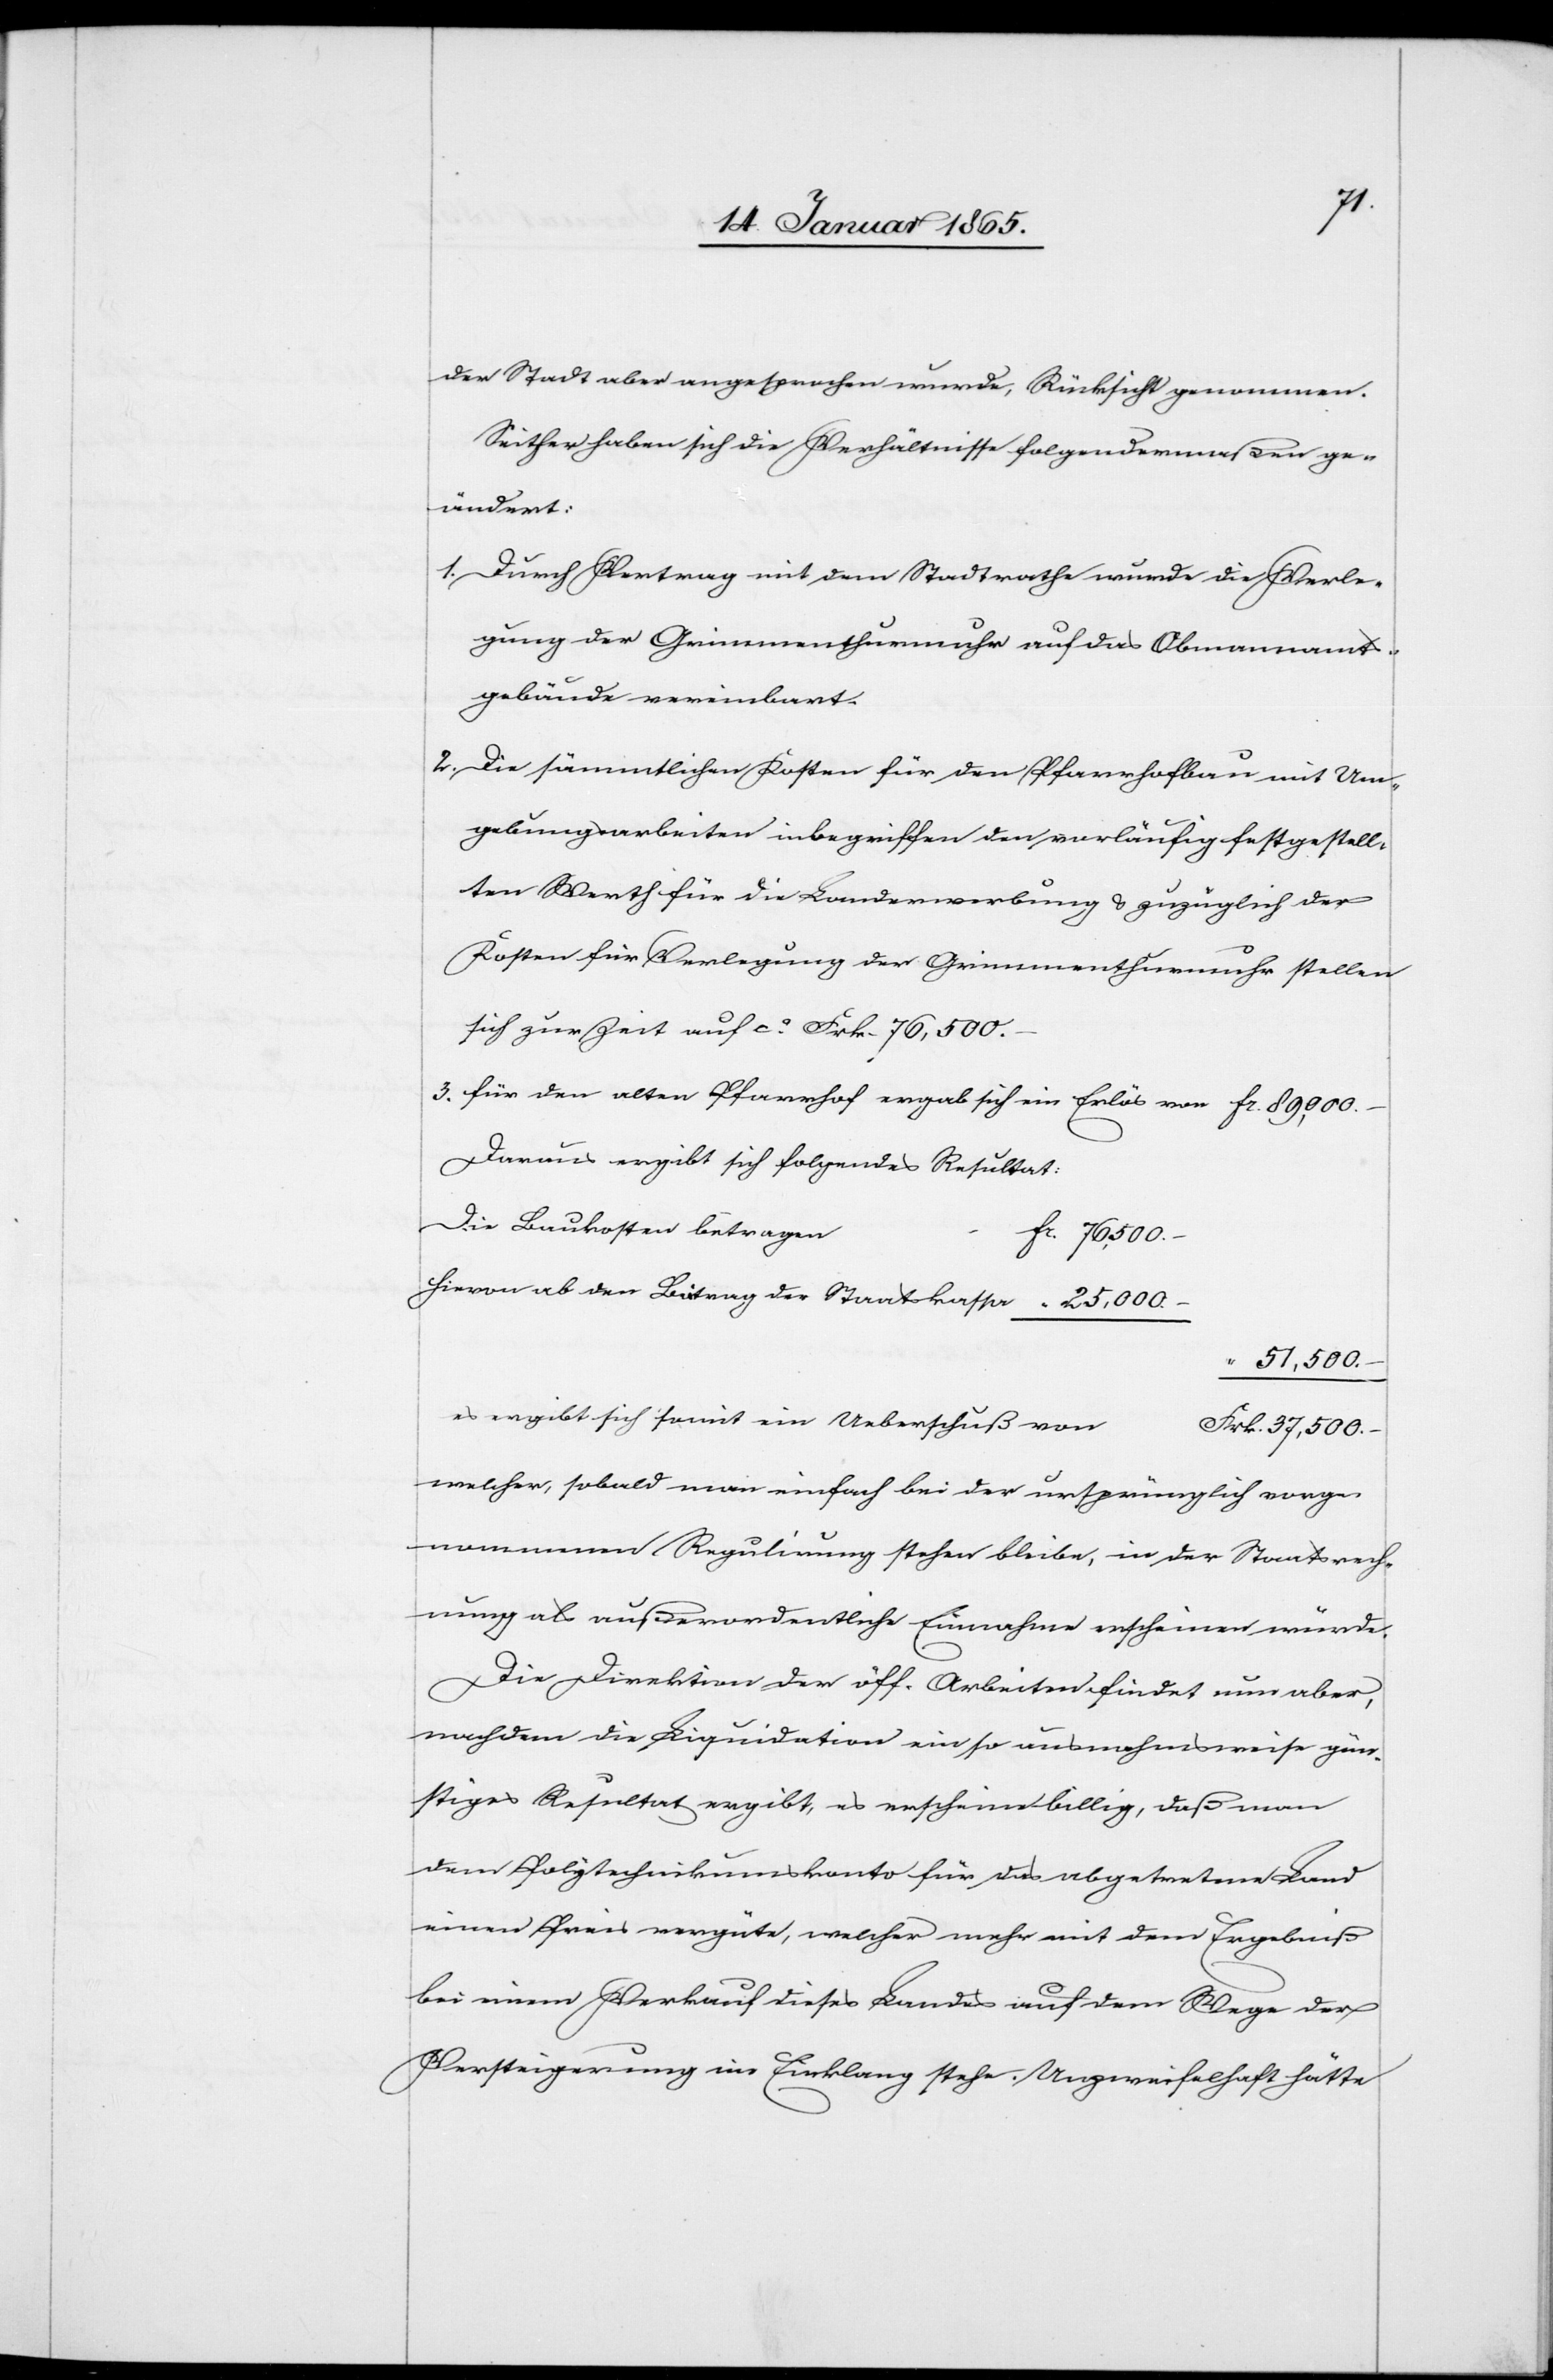
der Stadt aber angesprochen wurde, Rücksicht genommen.
Seither haben sich die Verhältnisse folgendermaßen ge¬
ändert:
1. Durch Vertrag mit dem Stadtrathe wurde die Verle¬
gung der Grimmenthurmuhr auf das Obmannamt¬
gebäude vereinbart.
2. Die sämmtlichen Kosten für den Pfarrhofbau mit Um¬
gebungsarbeiten inbegriffen den vorläufig festgestell¬
ten Werth für die Landerwerbung u. zuzüglich der
Kosten für Verlegung der Grimmenthurmuhr stellen
sich zur Zeit auf ca Frk. 76,500.
3. für den alten Pfarrhof ergab sich ein Erlös von fr. 89,000. –
Daraus ergibt sich folgendes Resultat:
Die Baukosten betragen
[fr.] 51,500. –
Hievon ab den Beitrag der Staatskasse		 “ 25,000.
es ergibt sich somit ein Ueberschuß vo¬
n					Frk. 37,500.
welcher, sobald man einfach bei der ursprünglich vorge¬
nommenen Regulirung stehen bleibe, in der Staatsrech¬
nung als außerordentliche Einnahme erscheinen würde.
Die Direktion der öff. Arbeiten findet nun aber,
nachdem die Liquidation ein so ausnahmsweise gün¬
stiges Resultat ergibt, es erscheine billig, daß man
dem Polytechnikumskonto für das abgetretene Land
einen Preis vergüte, welcher mehr mit dem Ergebniß
bei einem Verkauf dieses Landes auf dem Wege der
Versteigerung im Einklang stehe. Unzweifelhaft hätte